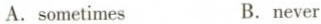
A. sometimes B.never